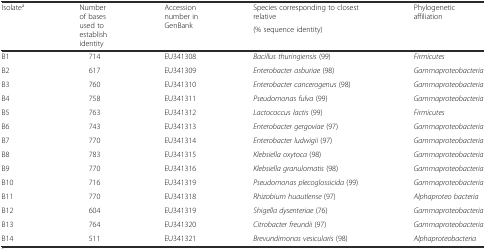
| <ROWSPAN=2> Isolatea | <ROWSPAN=2> Number of bases used to establish identity | <ROWSPAN=2> Accession number in GenBank | Species corresponding to closest relative | <ROWSPAN=2> Phylogenetic affiliation |
 | (% sequence identity) |
 | --- | --- | --- | --- | --- |
 | B1 | 714 | EU341308 | Bacillus thuringiensis (99) | Firmicutes |
 | B2 | 617 | EU341309 | Enterobacter asburiae (98) | Gammaproteobacteria |
 | B3 | 760 | EU341310 | Enterobacter cancerogenus (98) | Gammaproteobacteria |
 | B4 | 758 | EU341311 | Pseudomonas fulva (99) | Gammaproteobacteria |
 | B5 | 763 | EU341312 | Lactococcus lactis (99) | Firmicutes |
 | B6 | 743 | EU341313 | Enterobacter gergoviae (97) | Gammaproteobacteria |
 | B7 | 770 | EU341314 | Enterobacter ludwigii (97) | Gammaproteobacteria |
 | B8 | 783 | EU341315 | Klebsiella oxytoca (98) | Gammaproteobacteria |
 | B9 | 770 | EU341316 | Klebsiella granulomatis (98) | Gammaproteobacteria |
 | B10 | 716 | EU341319 | Pseudomonas plecoglossicida (99) | Gammaproteobacteria |
 | B11 | 770 | EU341318 | Rhizobium huautlense (97) | Alphaproteo bacteria |
 | B12 | 604 | EU341319 | Shigella dysenteriae (76) | Gammaproteobacteria |
 | B13 | 764 | EU341320 | Citrobacter freundii (97) | Gammaproteobacteria |
 | B14 | 511 | EU341321 | Brevundimonas vesicularis (98) | Alphaproteobacteria |